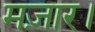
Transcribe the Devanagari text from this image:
मज़ार।